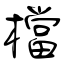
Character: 檔